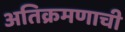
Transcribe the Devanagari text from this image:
अतिक्रमणाची